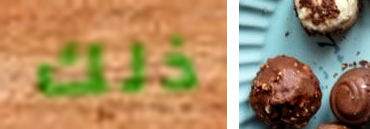
ذلك الإنفجار